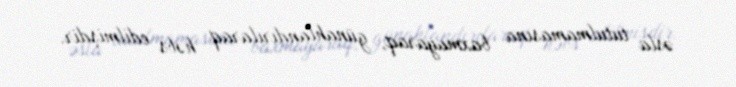
əsla tutulmamasına baxmayaraq, günahlandırılaraq həbs edilmişdir.